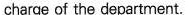
charge of the department.